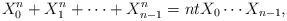
LaTeX: \begin{align*}X_0^n+X_1^n+ \cdots+ X_{n-1}^n= ntX_0\cdots X_{n-1},\end{align*}